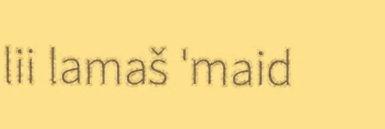
lii lamaš 'maid